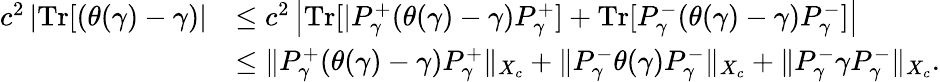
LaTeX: \begin{array}{rl}{c^{2}\left|{\mathrm{Tr}}[(\theta(\gamma)-\gamma)\right|}&{\leq c^{2}\left|{\mathrm{Tr}}[|P_{\gamma}^{+}(\theta(\gamma)-\gamma)P_{\gamma}^{+}]+{\mathrm{Tr}}[P_{\gamma}^{-}(\theta(\gamma)-\gamma)P_{\gamma}^{-}]\right|}\\ &{\leq\| P_{\gamma}^{+}(\theta(\gamma)-\gamma)P_{\gamma}^{+}\| _{X_{c}}+\| P_{\gamma}^{-}\theta(\gamma)P_{\gamma}^{-}\| _{X_{c}}+\| P_{\gamma}^{-}\gamma P_{\gamma}^{-}\| _{X_{c}}.}\end{array}